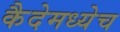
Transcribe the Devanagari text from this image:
कैदेमध्येच